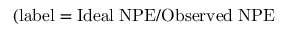
\mathrm { ( l a b e l = I d e a l \; N P E / O b s e r v e d \; N P E }